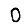
Digit: 0